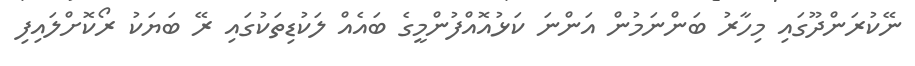
ނޭކުރަންދޫގައި މިހާރު ބަންނަމުން އަންނަ ކަޅުއޮއްފުންމީގެ ބައެއް ލަކުޑިތަކުގައި ރޭ ބަޔަކު ރޯކޮށްލައިފި